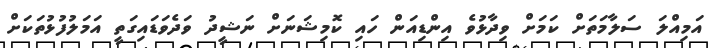
އަމިއްލަ ސަލާމަތަށް ކަމަށް ވިދާޅުވެ އިންޑިއަން ހައި ކޮމިޝަނަށް ނަޝީދު ވަދެވަޑައިގަތީ އަމަލުފުޅުތަކަށް